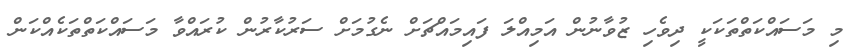
މި މަސައްކަތްތަކަކީ ދިވެހި ޒުވާނުން އަމިއްލަ ފައިމައްޗަށް ނެގުމަށް ސަރުކާރުން ކުރައްވާ މަސައްކަތްތަކެއްކަން